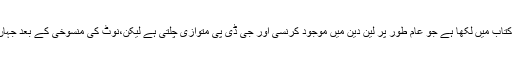
سابق چیف اقتصادی مشیر نے اس کتاب میں لکھا ہے جو عام طور پر لین دین میں موجود کرنسی اور جی ڈی پی متوازی چلتی ہے لیکن،نوٹ کی منسوخی کے بعد جہاں کرنسی کا گراف بالکل نیچے آگیا۔